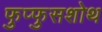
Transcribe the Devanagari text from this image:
फुप्फुसशोथ